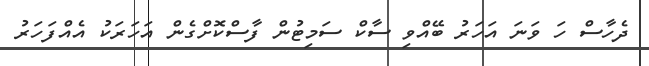
ދެހާސް ހަ ވަނަ އަހަރު ބޭއްވި ސާކް ސަމިޓުން ފާސްކޮށްގެން އަހަރަކު އެއްފަހަރު